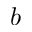
b